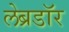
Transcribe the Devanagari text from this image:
लेब्रडॉर